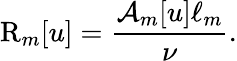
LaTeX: \mathrm{R}_{m}[u]=\frac{\mathcal{A}_{m}[u]\ell_{m}}{\nu}.